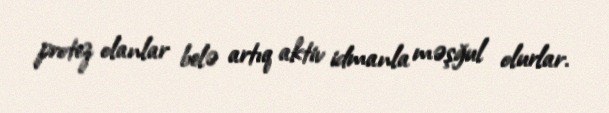
protez olanlar belə artıq aktiv idmanla məşğul olurlar.